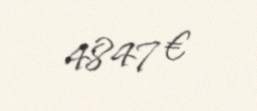
4847 €